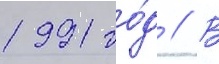
1991 го́д // В